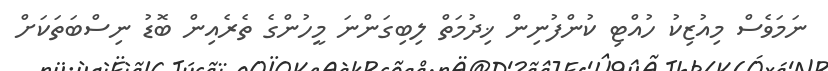
ނަމަވެސް މިއުޒިކު ހުއްޓި ކުންފުނިން ޚިދުމަތް ލިބިގަންނަ މީހުންގެ ތެރެއިން ބޮޑު ނިސްބަތަކަށް